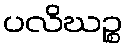
ပလိဃဉ္စ